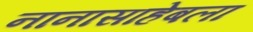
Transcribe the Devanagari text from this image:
नानासाहेबला